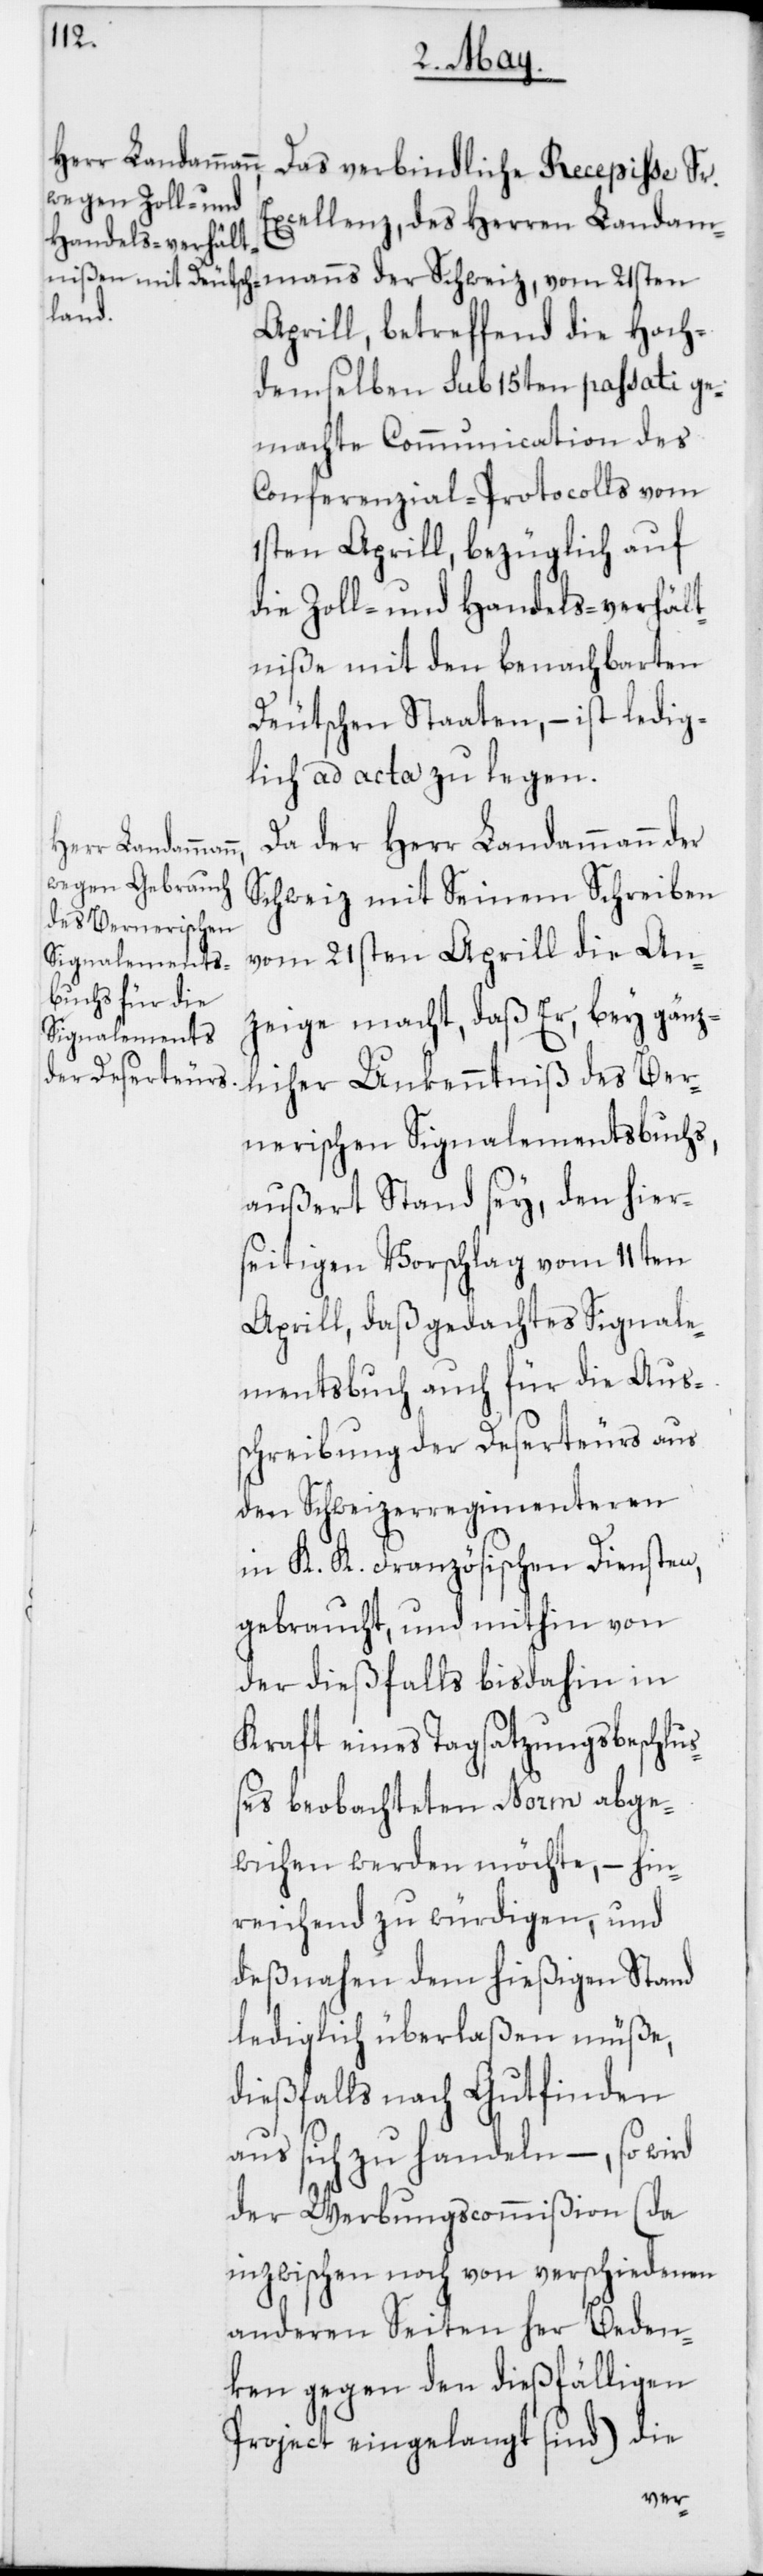
Das verbindliche Recepiße Sr.
Excellenz, des Herren Landam¬
manns der Schweiz, vom 21sten
Aprill, betreffend die Hoch¬
demselben sub 15ten passati ge¬
machte Communication des
Conferenzial-Protocolls vom
1sten Aprill, bezüglich auf
die Zoll- und Handelsverhält¬
niße mit den benachbarten
Deutschen Staaten, – ist ledig¬
lich ad acta zu legen.
Da der Herr Landammann der
Schweiz mit Seinem Schreiben
vom 21sten Aprill die An¬
zeige macht, daß Er, bey gänz¬
licher Unkenntniß des Ber¬
nerischen Signalementsbuchs
außert Stand sey, den hier¬
seitigen Vorschlag vom 11ten
Aprill, daß gedachtes Signale¬
mentsbuch auch die Aus¬
schreibung der Deserteurs aus
den Schweizerregimenteren
in K. K. Französischen Diensten,
gebraucht, und mithin von
der dießfalls bis dahin in
kraft eines Tagsatzungsbeschluß¬
es beobachteten Norm abge¬
wichen werden möchte, – hin¬
reichend zu würdigen, und
deßnahen dem hießigen Stand
lediglich überlaßen müße,
dießfalls nach Gutfinden
aus sich zu handeln –, so wird
der Werbungscommißion (da
inzwischen noch von verschiedenen
anderen Seiten her Beden¬
ken gegen den dießfälligen
Project eingelangt sind) die